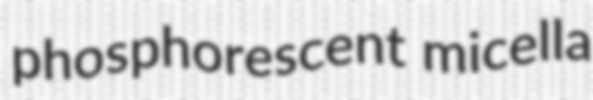
phosphorescent micella